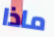
ماذا